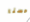
حسنا